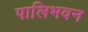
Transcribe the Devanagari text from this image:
पालिभवन